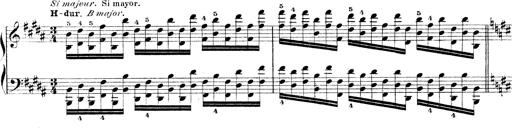
Title: Technische Studien
Composer: Franz Liszt